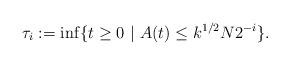
LaTeX: \begin{align*}\tau_i:=\inf\{t\ge 0 \ | \ A(t)\le k^{1/2}N2^{-i} \}.\end{align*}